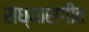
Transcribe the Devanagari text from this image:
संध्यासंगीत